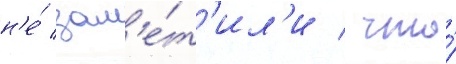
н'е́ зам'е́т'ил'и / что́